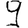
Digit: 9